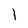
Character: 1